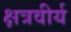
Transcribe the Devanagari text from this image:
क्षत्रवीर्य